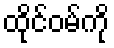
ထိုင်ဝမ်ကို